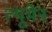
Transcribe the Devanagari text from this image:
त्यूमेन